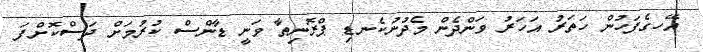
އޭހގެފަހުން ހަތަރު އަހަރު ވަންދެން މެދުނުކެނޑި ޕްރޮނިތާ ވަނީ ޑާންސް ކުރުމަށް ދަސްކޮށްފަ